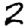
Digit: 2